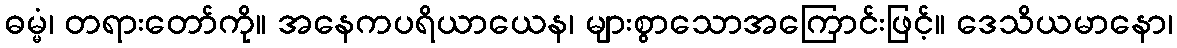
ဓမ္မံ၊ တရားတော်ကို။ အနေကပရိယာယေန၊ များစွာသောအကြောင်းဖြင့်။ ဒေသိယမာနော၊